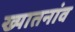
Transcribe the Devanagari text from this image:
ख्यातनांव